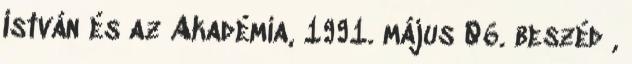
István és az Akadémia, 1991. május 06. beszéd ,